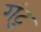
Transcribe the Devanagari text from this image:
गंटु